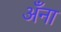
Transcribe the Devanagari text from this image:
अँना